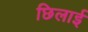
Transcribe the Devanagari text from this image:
छिलाई